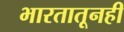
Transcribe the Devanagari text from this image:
भारतातूनही